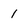
Character: 1